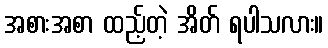
အစားအစာ ထည့်တဲ့ အိတ် ရပါသလား။